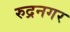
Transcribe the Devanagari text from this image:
रुद्रनगर